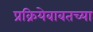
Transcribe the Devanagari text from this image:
प्रक्रियेबाबतच्या